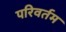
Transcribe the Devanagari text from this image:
परिवर्तम